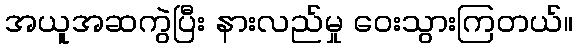
အယူအဆကွဲပြီး နားလည်မှု ဝေးသွားကြတယ်။